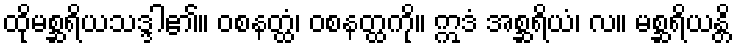
ထိုမစ္ဆရိယသဒ္ဒါ၏။ ဝစနတ္ထံ၊ ဝစနတ္ထကို။ ဣဒံ အစ္ဆရိယံ၊ လ။ မစ္ဆရိယန္တိ